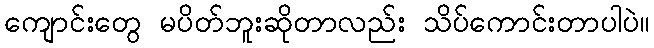
ကျောင်းတွေ မပိတ်ဘူးဆိုတာလည်း သိပ်ကောင်းတာပါပဲ။